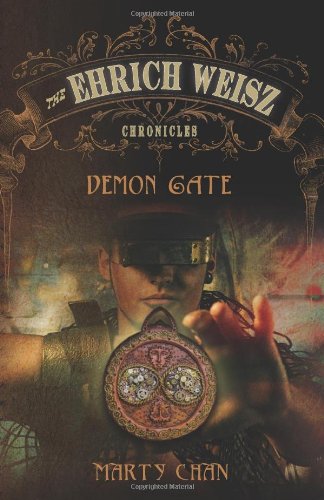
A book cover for Demon Gate (The Ehrich Weisz Chronicles); Marty Chan; Teen & Young Adult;